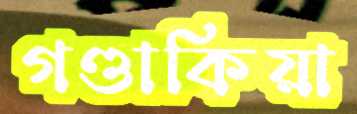
গণ্ডাকিয়া